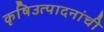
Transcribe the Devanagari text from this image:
कृषिउत्पादनांची